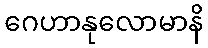
ဂေဟာနုလောမာနိ